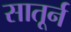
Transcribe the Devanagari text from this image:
सातूर्न